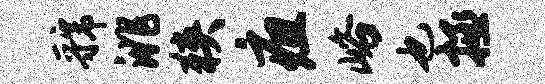
虢洮狭疽峪也拯